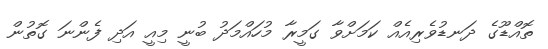
ތޮއްޑޫގެ ދަނޑުވެރިއެއް ކަމަށްވާ ގަމީރާ މުހައްމަދު ބުނީ މިއީ އަދި ފެންނަ ގޮތުން